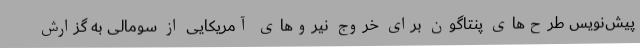
پیش‌نویس طرح‌های پنتاگون برای خروج نیروهای آمریکایی از سومالی به گزارش